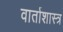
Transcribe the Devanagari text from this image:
वार्ताशास्त्र